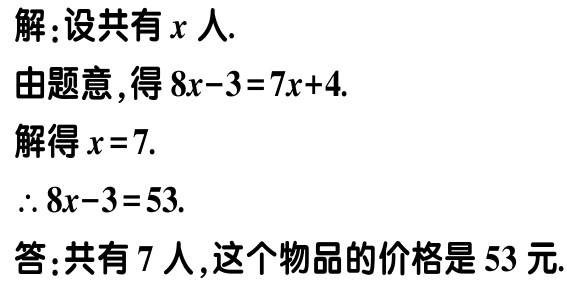
解：设共有\(x\)人.

由题意，得\(8x - 3 = 7x + 4\).

解得\(x = 7\).

\(\therefore 8x - 3 = 53\).

答：共有\(7\)人，这个物品的价格是\(53\)元.